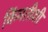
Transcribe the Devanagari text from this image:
किंमतीशी